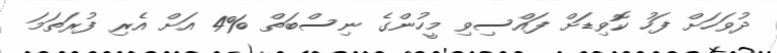
ދުވަހަށް ފަހު ކޮވިޑަށް ފައްސިވި މީހުންގެ ނިސްބަތް %4 އަށް އެރި ފުރަތަމަ